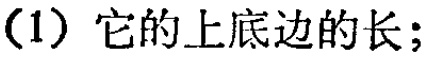
(1) 它的上底边的长;